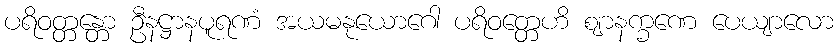
ပရိဝတ္တန္တော ဦနဋ္ဌာနပူရဏံ အယမနုယောဂေါ ပရိဝတ္တေဟိ ဈာနက္ခဏေ ပေယျာလော